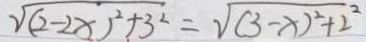
\sqrt { ( 2 - 2 x ) ^ { 2 } + 3 ^ { 2 } } = \sqrt { ( 3 - x ) ^ { 2 } + 2 ^ { 2 } }